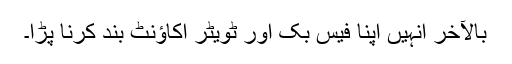
بالآخر انہیں اپنا فیس بک اور ٹویٹر اکاؤنٹ بند کرنا پڑا۔